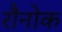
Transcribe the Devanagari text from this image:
रौनोक